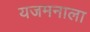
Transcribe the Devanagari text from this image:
यजमनाला